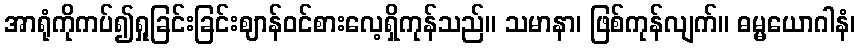
အာရုံကိုကပ်၍ရှုခြင်းခြင်းဈာန်ဝင်စားလေ့ရှိကုန်သည်။ သမာနာ၊ ဖြစ်ကုန်လျက်။ ဓမ္မယောဂါနံ၊